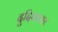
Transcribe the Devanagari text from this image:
दुदिपतसर